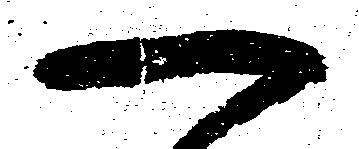
一